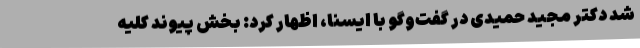
شد دکتر مجید حمیدی در گفت‌وگو با ایسنا، اظهار کرد: بخش پیوند کلیه